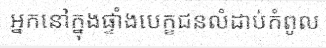
អ្នកនៅក្នុងផ្ទាំងបេក្ខជនលំដាប់កំពូល